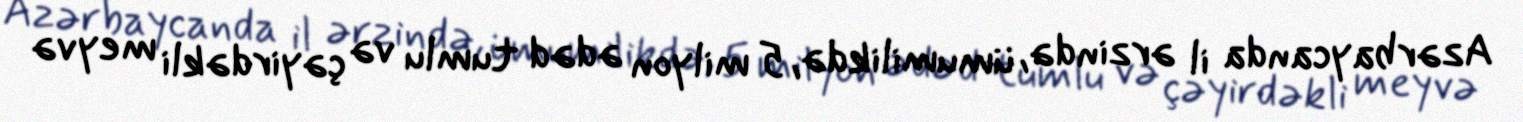
Azərbaycanda il ərzində, ümumilikdə, 5 milyon ədəd tumlu və çəyirdəkli meyvə